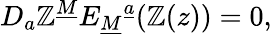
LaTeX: {D}_{a}\mathbb{Z}^{\underline{{{M}}}}E_{\underline{{{M}}}}{}^{\underline{{{a}}}}(\mathbb{Z}(z))=0,